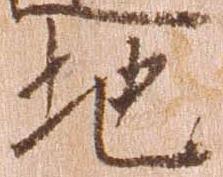
地